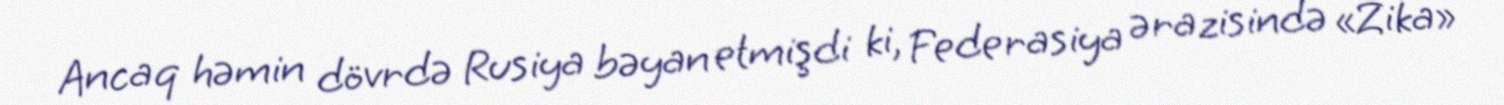
Ancaq həmin dövrdə Rusiya bəyan etmişdi ki, Federasiya ərazisində «Zika»